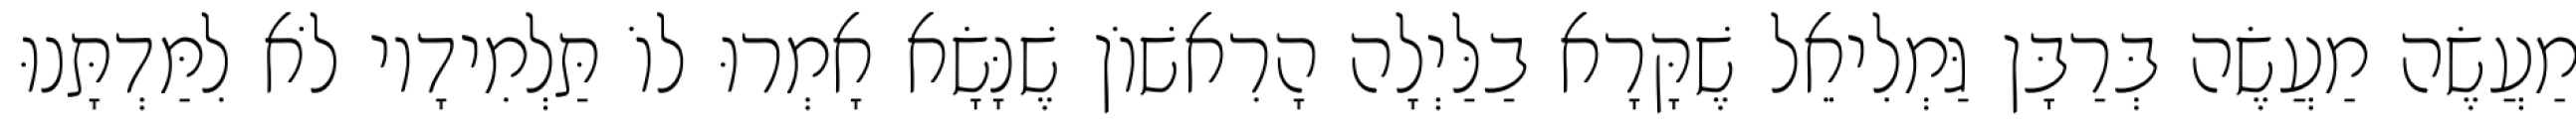
מַעֲשֶׂה מַעֲשֶׂה בְּרַבָּן גַּמְלִיאֵל שֶׁקָּרָא בַלַּיְלָה הָרִאשׁוֹן שֶׁנָּשָׂא אָמְרוּ לוֹ תַּלְמִידָיו לֹא לִמַּדְתָּנוּ